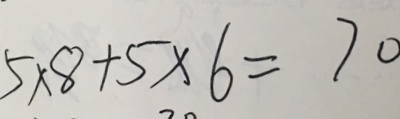
5 \times 8 + 5 \times 6 = 7 0